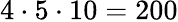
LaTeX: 4\cdot 5\cdot 10=200